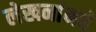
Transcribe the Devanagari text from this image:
लेखनांमधे